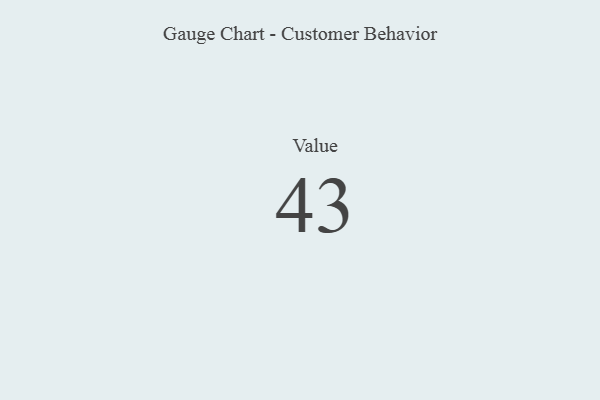
{"axis": {"x": "Metric", "y": "Value"}, "legend": [""], "data": [{"x": "Value", "y": 43, "type": ""}]}